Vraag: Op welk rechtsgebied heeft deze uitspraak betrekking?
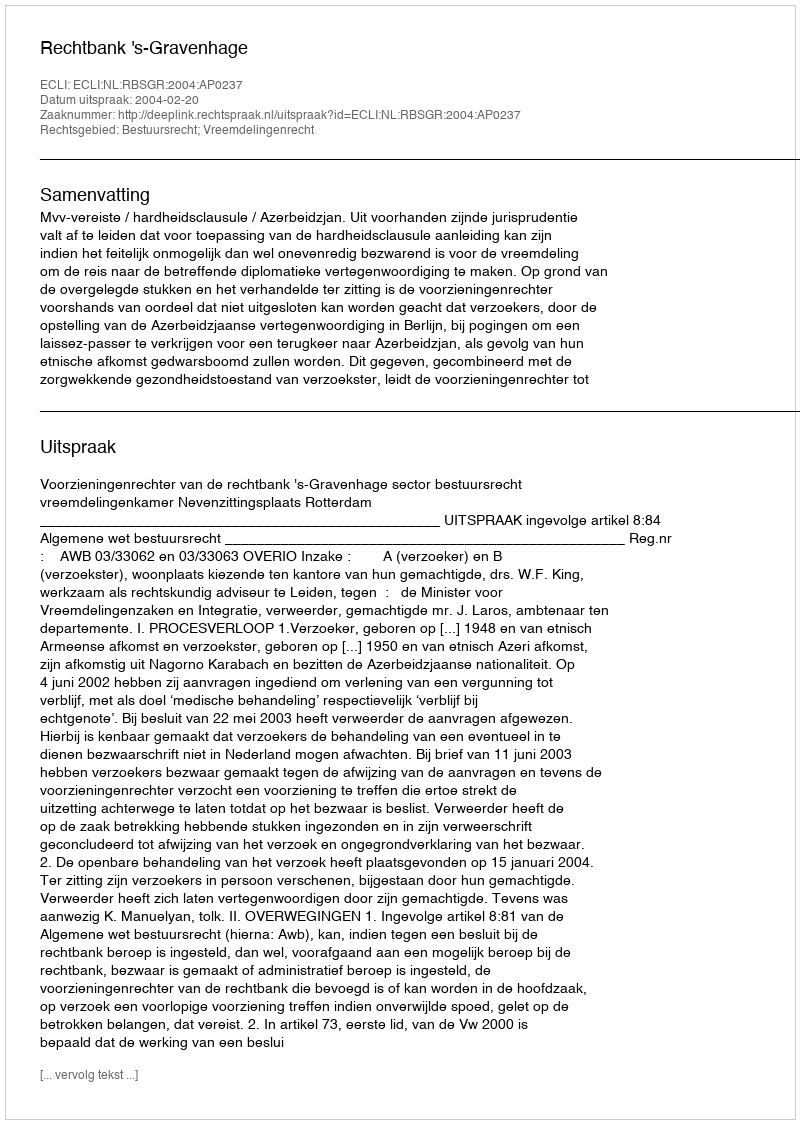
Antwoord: Bestuursrecht; Vreemdelingenrecht